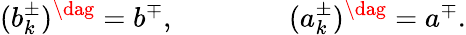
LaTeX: (b_{k}^{\pm})^{\dag}=b^{\mp},\qquad\qquad(a_{k}^{\pm})^{\dag}=a^{\mp}.